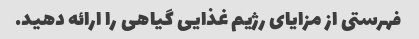
فهرستی از مزایای رژیم غذایی گیاهی را ارائه دهید.